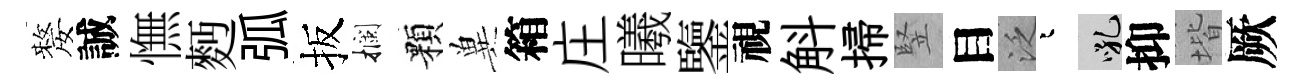
嫠誠憮麪弧扳攔顆兾箱庄曦鑒視斛掃竪目泛迢吼抑堦厥